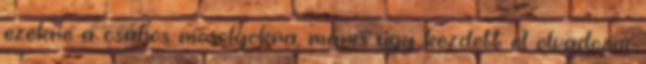
ezekre a csábos mosolyokra, máris úgy kezdett el olvadozni,